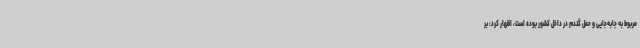
مربوط به جابه‌جایی و حمل گندم در داخل کشور بوده است، اظهار کرد: بر